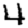
Digit: 4